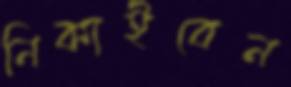
নিকাইবেন